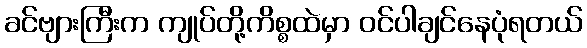
ခင်ဗျားကြီးက ကျုပ်တို့ကိစ္စထဲမှာ ဝင်ပါချင်နေပုံရတယ်